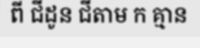
ពី ជីដូន ជីតាម ក គ្មាន